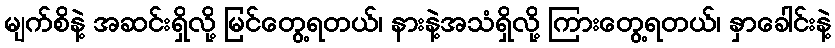
မျက်စိနဲ့ အဆင်းရှိလို့ မြင်တွေ့ရတယ်၊ နားနဲ့အသံရှိလို့ ကြားတွေ့ရတယ်၊ နှာခေါင်းနဲ့